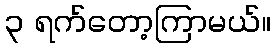
၃ ရက်တော့ကြာမယ်။